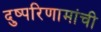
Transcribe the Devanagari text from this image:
दुष्परिणामांची